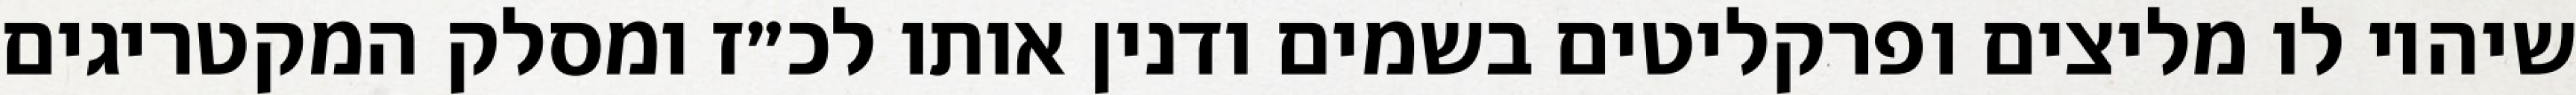
שיהיו לו מליצים ופרקליטים בשמים ודנין אותו לכ״ז ומסלק המקטריגים